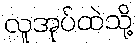
လူအုပ်ထဲသို့